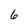
Character: 6